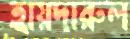
হায়দারুল